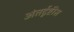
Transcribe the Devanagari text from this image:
अंतर्दृष्टीस